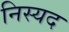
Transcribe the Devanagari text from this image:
निस्यद